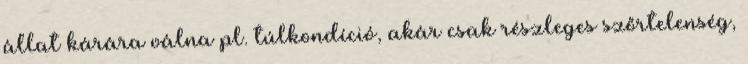
állat kárára válna pl. túlkondíció, akár csak részleges szőrtelenség,